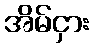
အိမ်ငှား